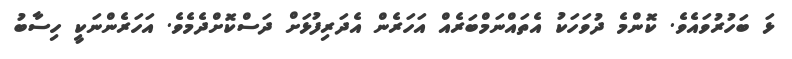
ޅަ ބަހުރުވައެވެ. ކޮންމެ ދުވަހަކު އެތައްނަމްބަރެއް އަހަރެން އެދަރިފުޅަށް ދަސްކޮށްދެމެވެ. އަހަރެންނަކީ ހިސާބު